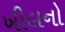
ખીલનો